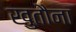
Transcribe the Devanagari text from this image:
खुतौना